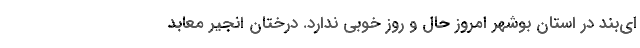
ای‌بند در استان بوشهر امروز حال و روز خوبی ندارد. درختان انجیر معابد